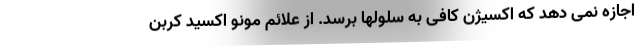
اجازه نمی دهد که اکسیژن کافی به سلولها برسد. از علائم مونو اکسید کربن